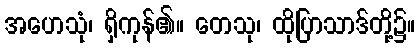
အဟေသုံ၊ ရှိကုန်၏။ တေသု၊ ထိုပြာသာဒ်တို့၌။